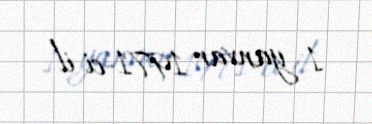
1 yanvar 1971-ci il